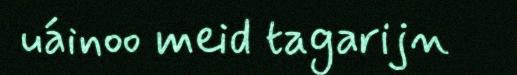
uáinoo meid tagarijn